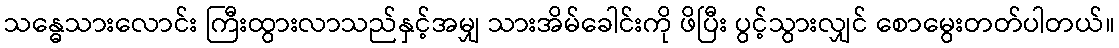
သန္ဓေသားလောင်း ကြီးထွားလာသည်နှင့်အမျှ သားအိမ်ခေါင်းကို ဖိပြီး ပွင့်သွားလျှင် စောမွေးတတ်ပါတယ်။